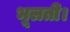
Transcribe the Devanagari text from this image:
भूलती।